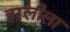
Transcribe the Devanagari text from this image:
हरलीला